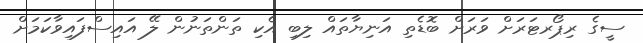
ސީގެ ރިޕޯރޓަރަށް ވަރަށް ބޮޑެތި އަނިޔާތައް ލިބި އެކި ތަންތަނުން ލޭ އައިސްފައިވާކަމަށް